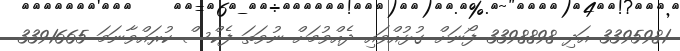
3395981 އަދި 3398898 ފޯނަށް ގުޅުއްވައި ދެއްވުމަށް ނުވަތަ ފެކްސް ކުރައްވާނަމަ 3391665